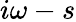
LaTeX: i\omega-s